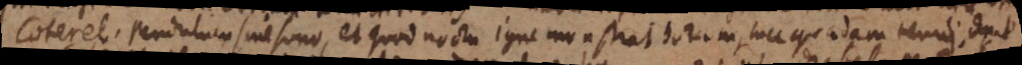
Coterel, pendulum sine sono, et quod noctu igne monstrat horam, luce quadam tenui, dixit